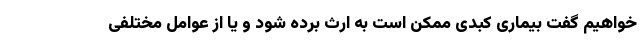
خواهیم گفت بیماری کبدی ممکن است به ارث برده شود و یا از عوامل مختلفی